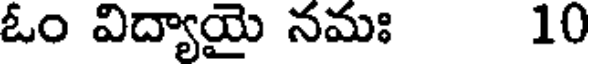
ఓం విద్యాయై నమః 10